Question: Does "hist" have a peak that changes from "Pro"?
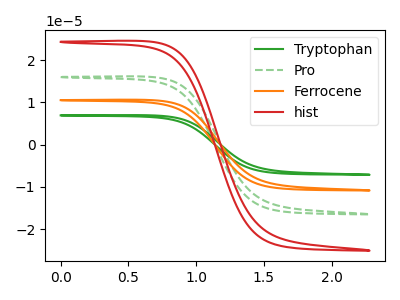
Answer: <think>The green curve "Tryptophan" has no peaks. The green dashed curve "Pro" has no peaks. The orange curve "Ferrocene" has no peaks. The red curve "hist" has no peaks.
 Neither "hist" or "Pro" have any peaks.</think>
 <answer>No, "hist" and "Pro" don't appear to be significantly different in shape</answer>
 <eval>no_change</eval>